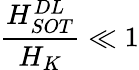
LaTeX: \frac{H_{SOT}^{DL}}{H_{K}}\ll 1